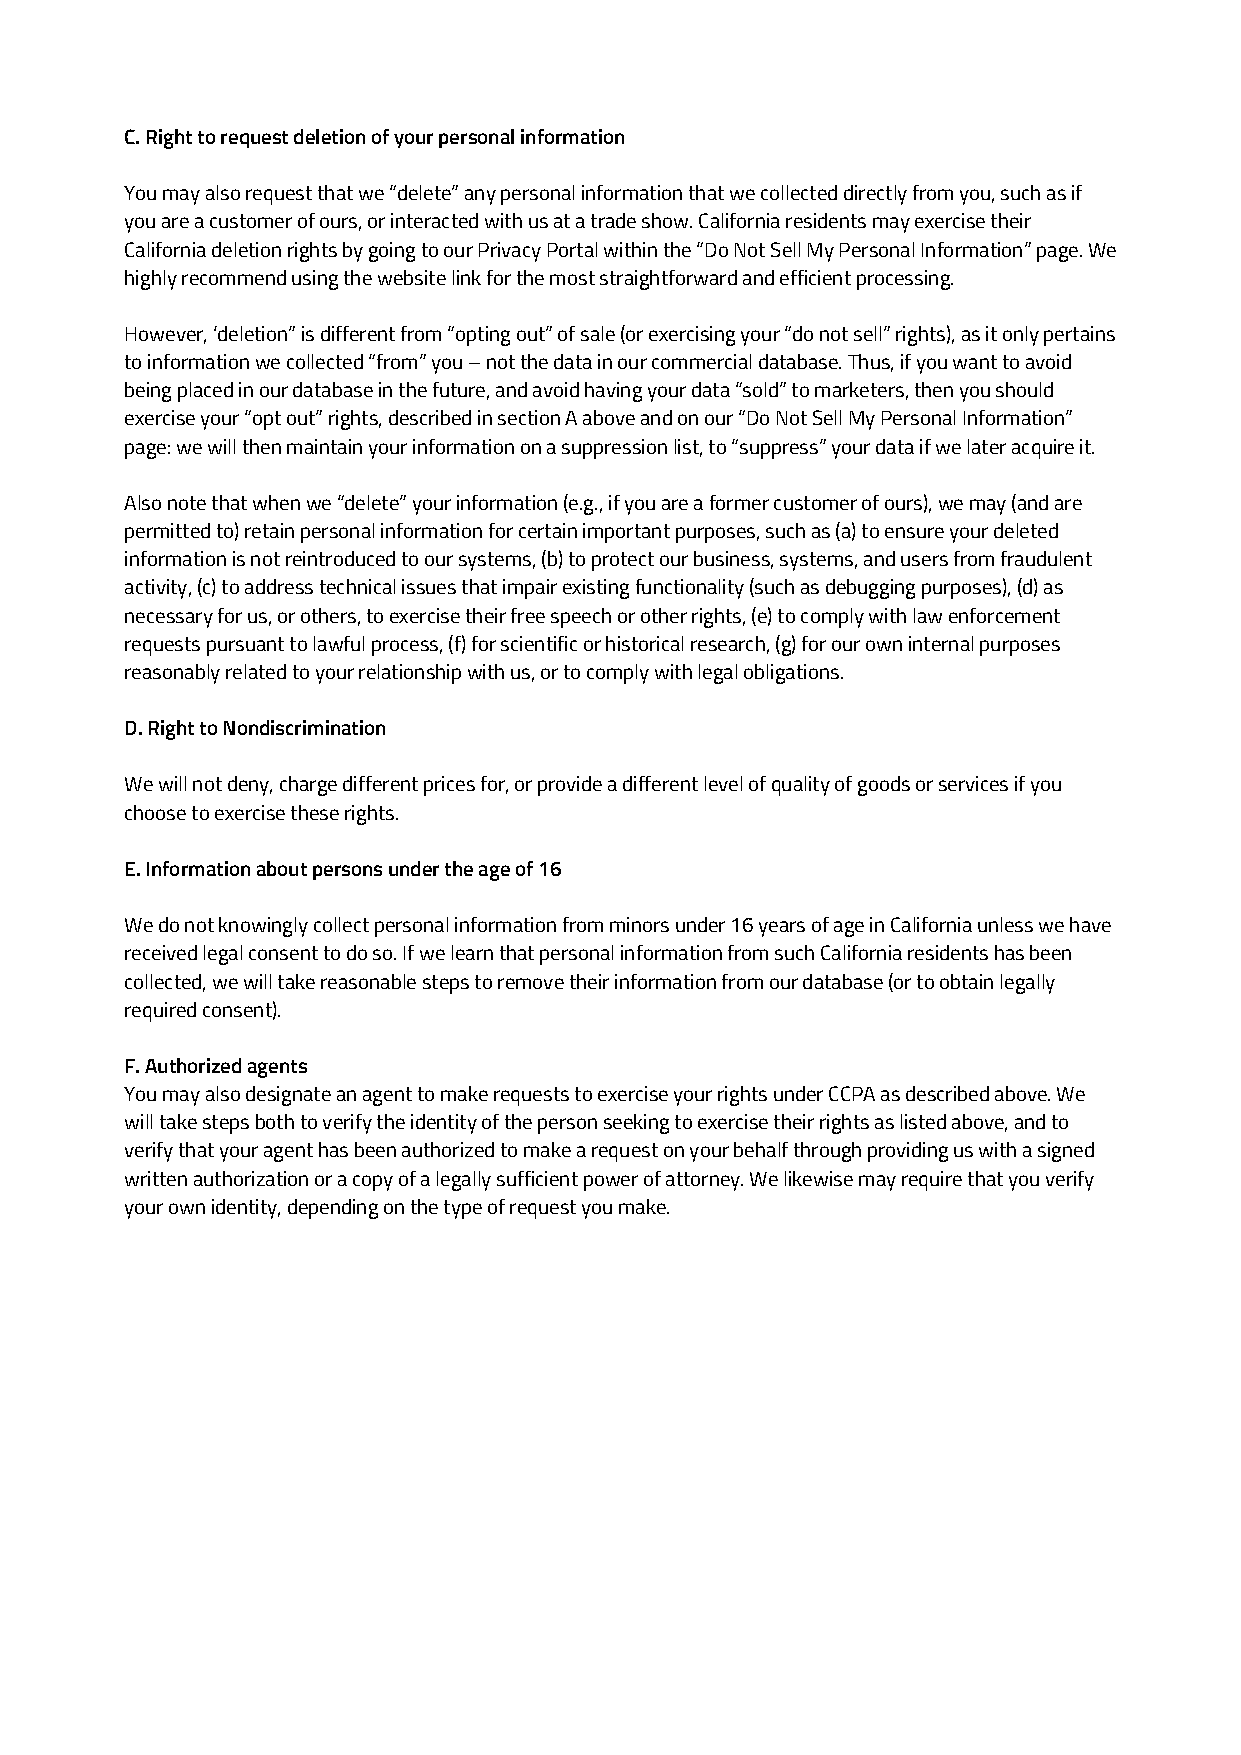
C. Right to request deletion of your personal information
 You may also request that we “delete” any personal information that we collected directly from you, such as if
 you are a customer of ours, or interacted with us at a trade show. California residents may exercise their
 California deletion rights by going to our Privacy Portal within the “Do Not Sell My Personal Information” page. We
 highly recommend using the website link for the most straightforward and efficient processing.
 However, ‘deletion” is different from “opting out” of sale (or exercising your “do not sell” rights), as it only pertains
 to information we collected “from” you – not the data in our commercial database. Thus, if you want to avoid
 being placed in our database in the future, and avoid having your data “sold” to marketers, then you should
 exercise your “opt out” rights, described in section A above and on our “Do Not Sell My Personal Information”
 page: we will then maintain your information on a suppression list, to “suppress” your data if we later acquire it.
 Also note that when we “delete” your information (e.g., if you are a former customer of ours), we may (and are
 permitted to) retain personal information for certain important purposes, such as (a) to ensure your deleted
 information is not reintroduced to our systems, (b) to protect our business, systems, and users from fraudulent
 activity, (c) to address technical issues that impair existing functionality (such as debugging purposes), (d) as
 necessary for us, or others, to exercise their free speech or other rights, (e) to comply with law enforcement
 requests pursuant to lawful process, (f) for scientific or historical research, (g) for our own internal purposes
 reasonably related to your relationship with us, or to comply with legal obligations.
 D. Right to Nondiscrimination
 We will not deny, charge different prices for, or provide a different level of quality of goods or services if you
 choose to exercise these rights.
 E. Information about persons under the age of 16
 We do not knowingly collect personal information from minors under 16 years of age in California unless we have
 received legal consent to do so. If we learn that personal information from such California residents has been
 collected, we will take reasonable steps to remove their information from our database (or to obtain legally
 required consent).
 F. Authorized agents
 You may also designate an agent to make requests to exercise your rights under CCPA as described above. We
 will take steps both to verify the identity of the person seeking to exercise their rights as listed above, and to
 verify that your agent has been authorized to make a request on your behalf through providing us with a signed
 written authorization or a copy of a legally sufficient power of attorney. We likewise may require that you verify
 your own identity, depending on the type of request you make.